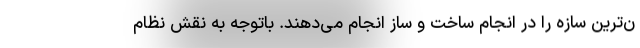
ن‌ترین سازه را در انجام ساخت و ساز انجام می‌دهند. باتوجه به نقش نظام